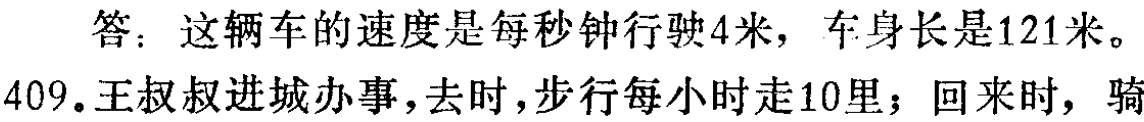
答：这辆车的速度是每秒钟行驶4米，车身长是121米。

409.王叔叔进城办事，去时，步行每小时走10里；回来时，骑